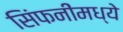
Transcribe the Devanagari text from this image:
सिंफनींमध्ये